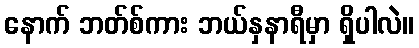
နောက် ဘတ်စ်ကား ဘယ်နှနာရီမှာ ရှိပါလဲ။